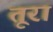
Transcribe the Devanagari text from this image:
तूरा